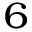
_ 6